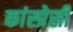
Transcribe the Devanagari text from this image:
कांस्प्रेसी